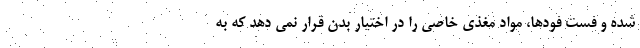
شده و فست فودها، مواد مغذی خاصی را در اختیار بدن قرار نمی دهد که به